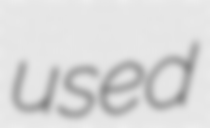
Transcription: used